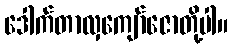
ဒေါက်တာလှကျော်ဇောတို့ပါ။